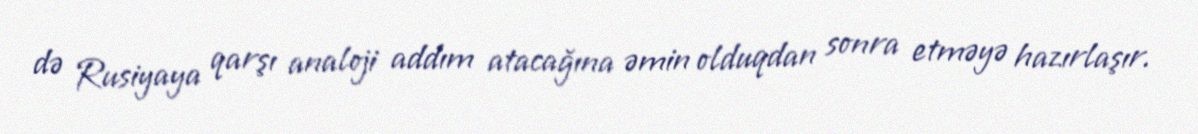
də Rusiyaya qarşı analoji addım atacağına əmin olduqdan sonra etməyə hazırlaşır.